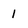
Character: 1